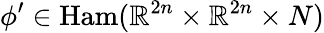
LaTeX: \phi^{\prime}\in\textup{Ham}(\mathbb{R}^{2n}\times\mathbb{R}^{2n}\times N)